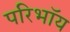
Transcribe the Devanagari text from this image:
परिभाॅय